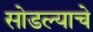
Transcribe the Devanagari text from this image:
सोडल्याचे